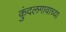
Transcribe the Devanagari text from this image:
कुंदलगावाच्या